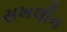
સખલીન